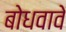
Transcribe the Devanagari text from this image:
बोधवावे